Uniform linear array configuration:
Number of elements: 12
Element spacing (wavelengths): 0.75
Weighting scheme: kaiser
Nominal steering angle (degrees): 45
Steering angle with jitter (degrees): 45.972
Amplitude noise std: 0.05
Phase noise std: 0.05

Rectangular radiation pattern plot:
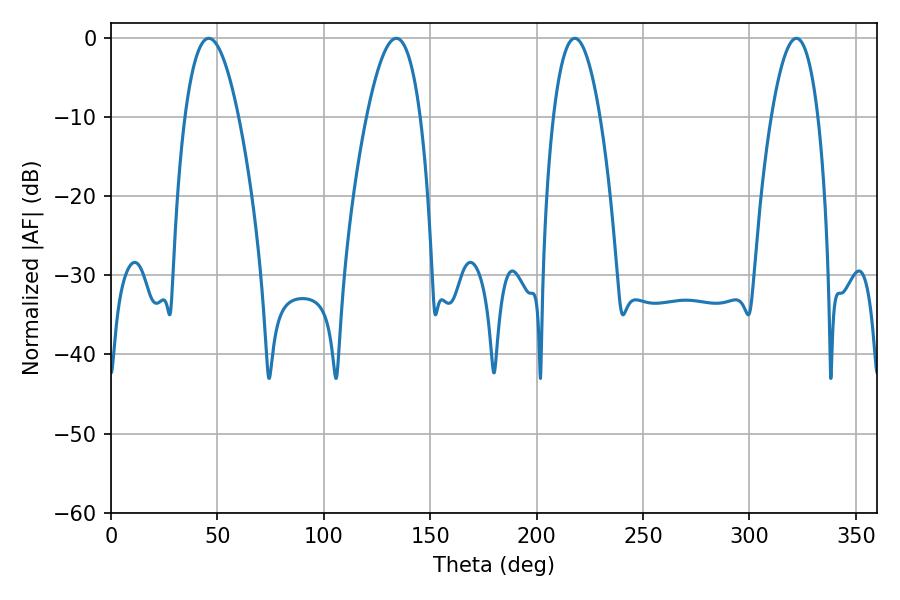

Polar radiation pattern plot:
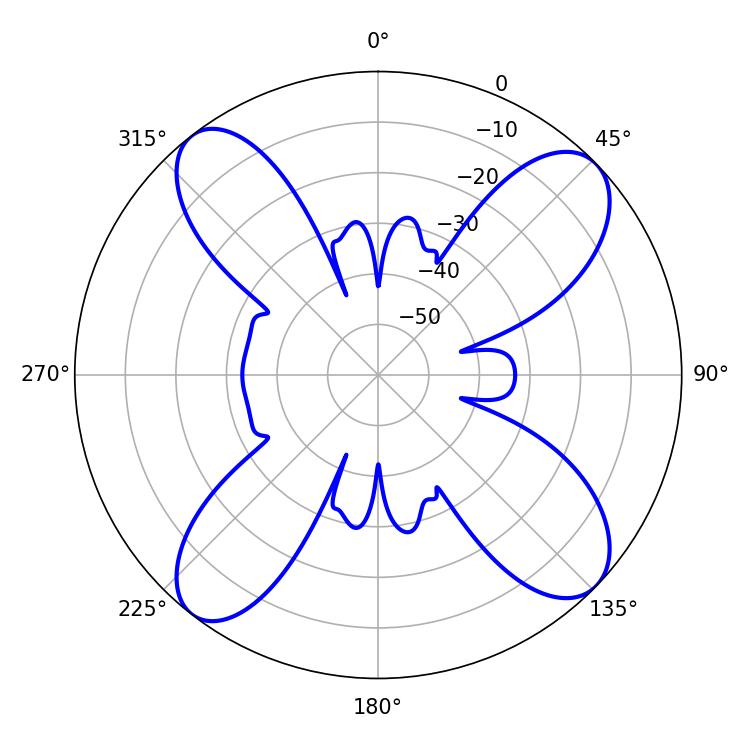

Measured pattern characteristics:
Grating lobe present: TRUE
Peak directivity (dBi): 13.218
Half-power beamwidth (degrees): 13.86
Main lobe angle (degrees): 45.9